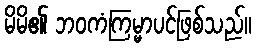
မိမိ၏ ဘဝကံကြမ္မာပင်ဖြစ်သည်။